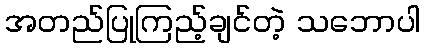
အတည်ပြုကြည့်ချင်တဲ့ သဘောပါ